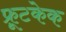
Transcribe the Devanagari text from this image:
फ़्रूटकेक